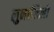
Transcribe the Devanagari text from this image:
लुनालिलो